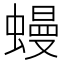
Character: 蟃